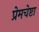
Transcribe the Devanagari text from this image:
प्रेमचेष्टा